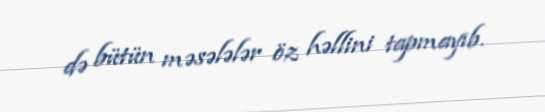
də bütün məsələlər öz həllini tapmayıb.